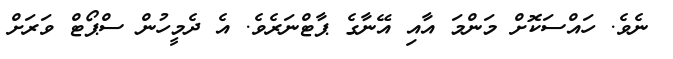
ނެވެ. ހައްސަކޮށް މަންމަ އާއި އޭނާގެ ޕާޓްނަރެވެ. އެ ދެމީހުން ސްޕޯޓް ވަރަށް